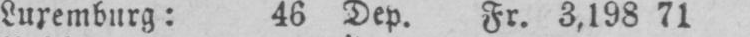
Luxemburg: 46 Dep. Fr. 3,198 71